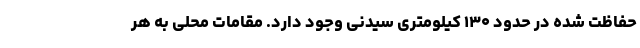
حفاظت شده در حدود ۱۳۰ کیلومتری سیدنی وجود دارد. مقامات محلی به هر